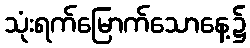
သုံးရက်မြောက်သောနေ့၌